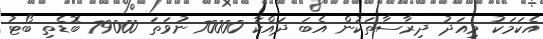
އެކަމަކު މިއަދު ދިރާސާތަކުން އެބަ ދައްކާ 70000 ނުވަތަ 79000 ބޮޑެތި ބޯޓު